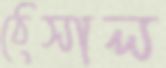
ঠেসাল